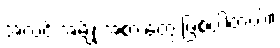
အလင်းအမျိုးအစားတွေ ဖြစ်ပါတယ်။